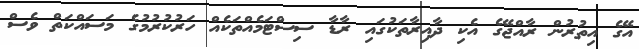
އޭގެ އިތުރުން ރާއްޖޭގެ އެކި ދާއިރާތަކުގައި ރާޑާ ސިސްޓަމެއްތަކެއް ހަރުކުރުމުގެ މަސައްކަތް ވެސް